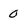
Character: 0